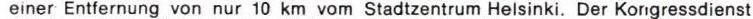
einer Entfernung von nur 10 km vom Stadtzentrum Helsinki. Der Kongressdienst